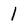
Character: 1